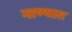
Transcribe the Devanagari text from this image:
नाण्यात